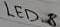
Text: LED_8